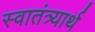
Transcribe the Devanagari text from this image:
स्वातंत्र्यार्थ